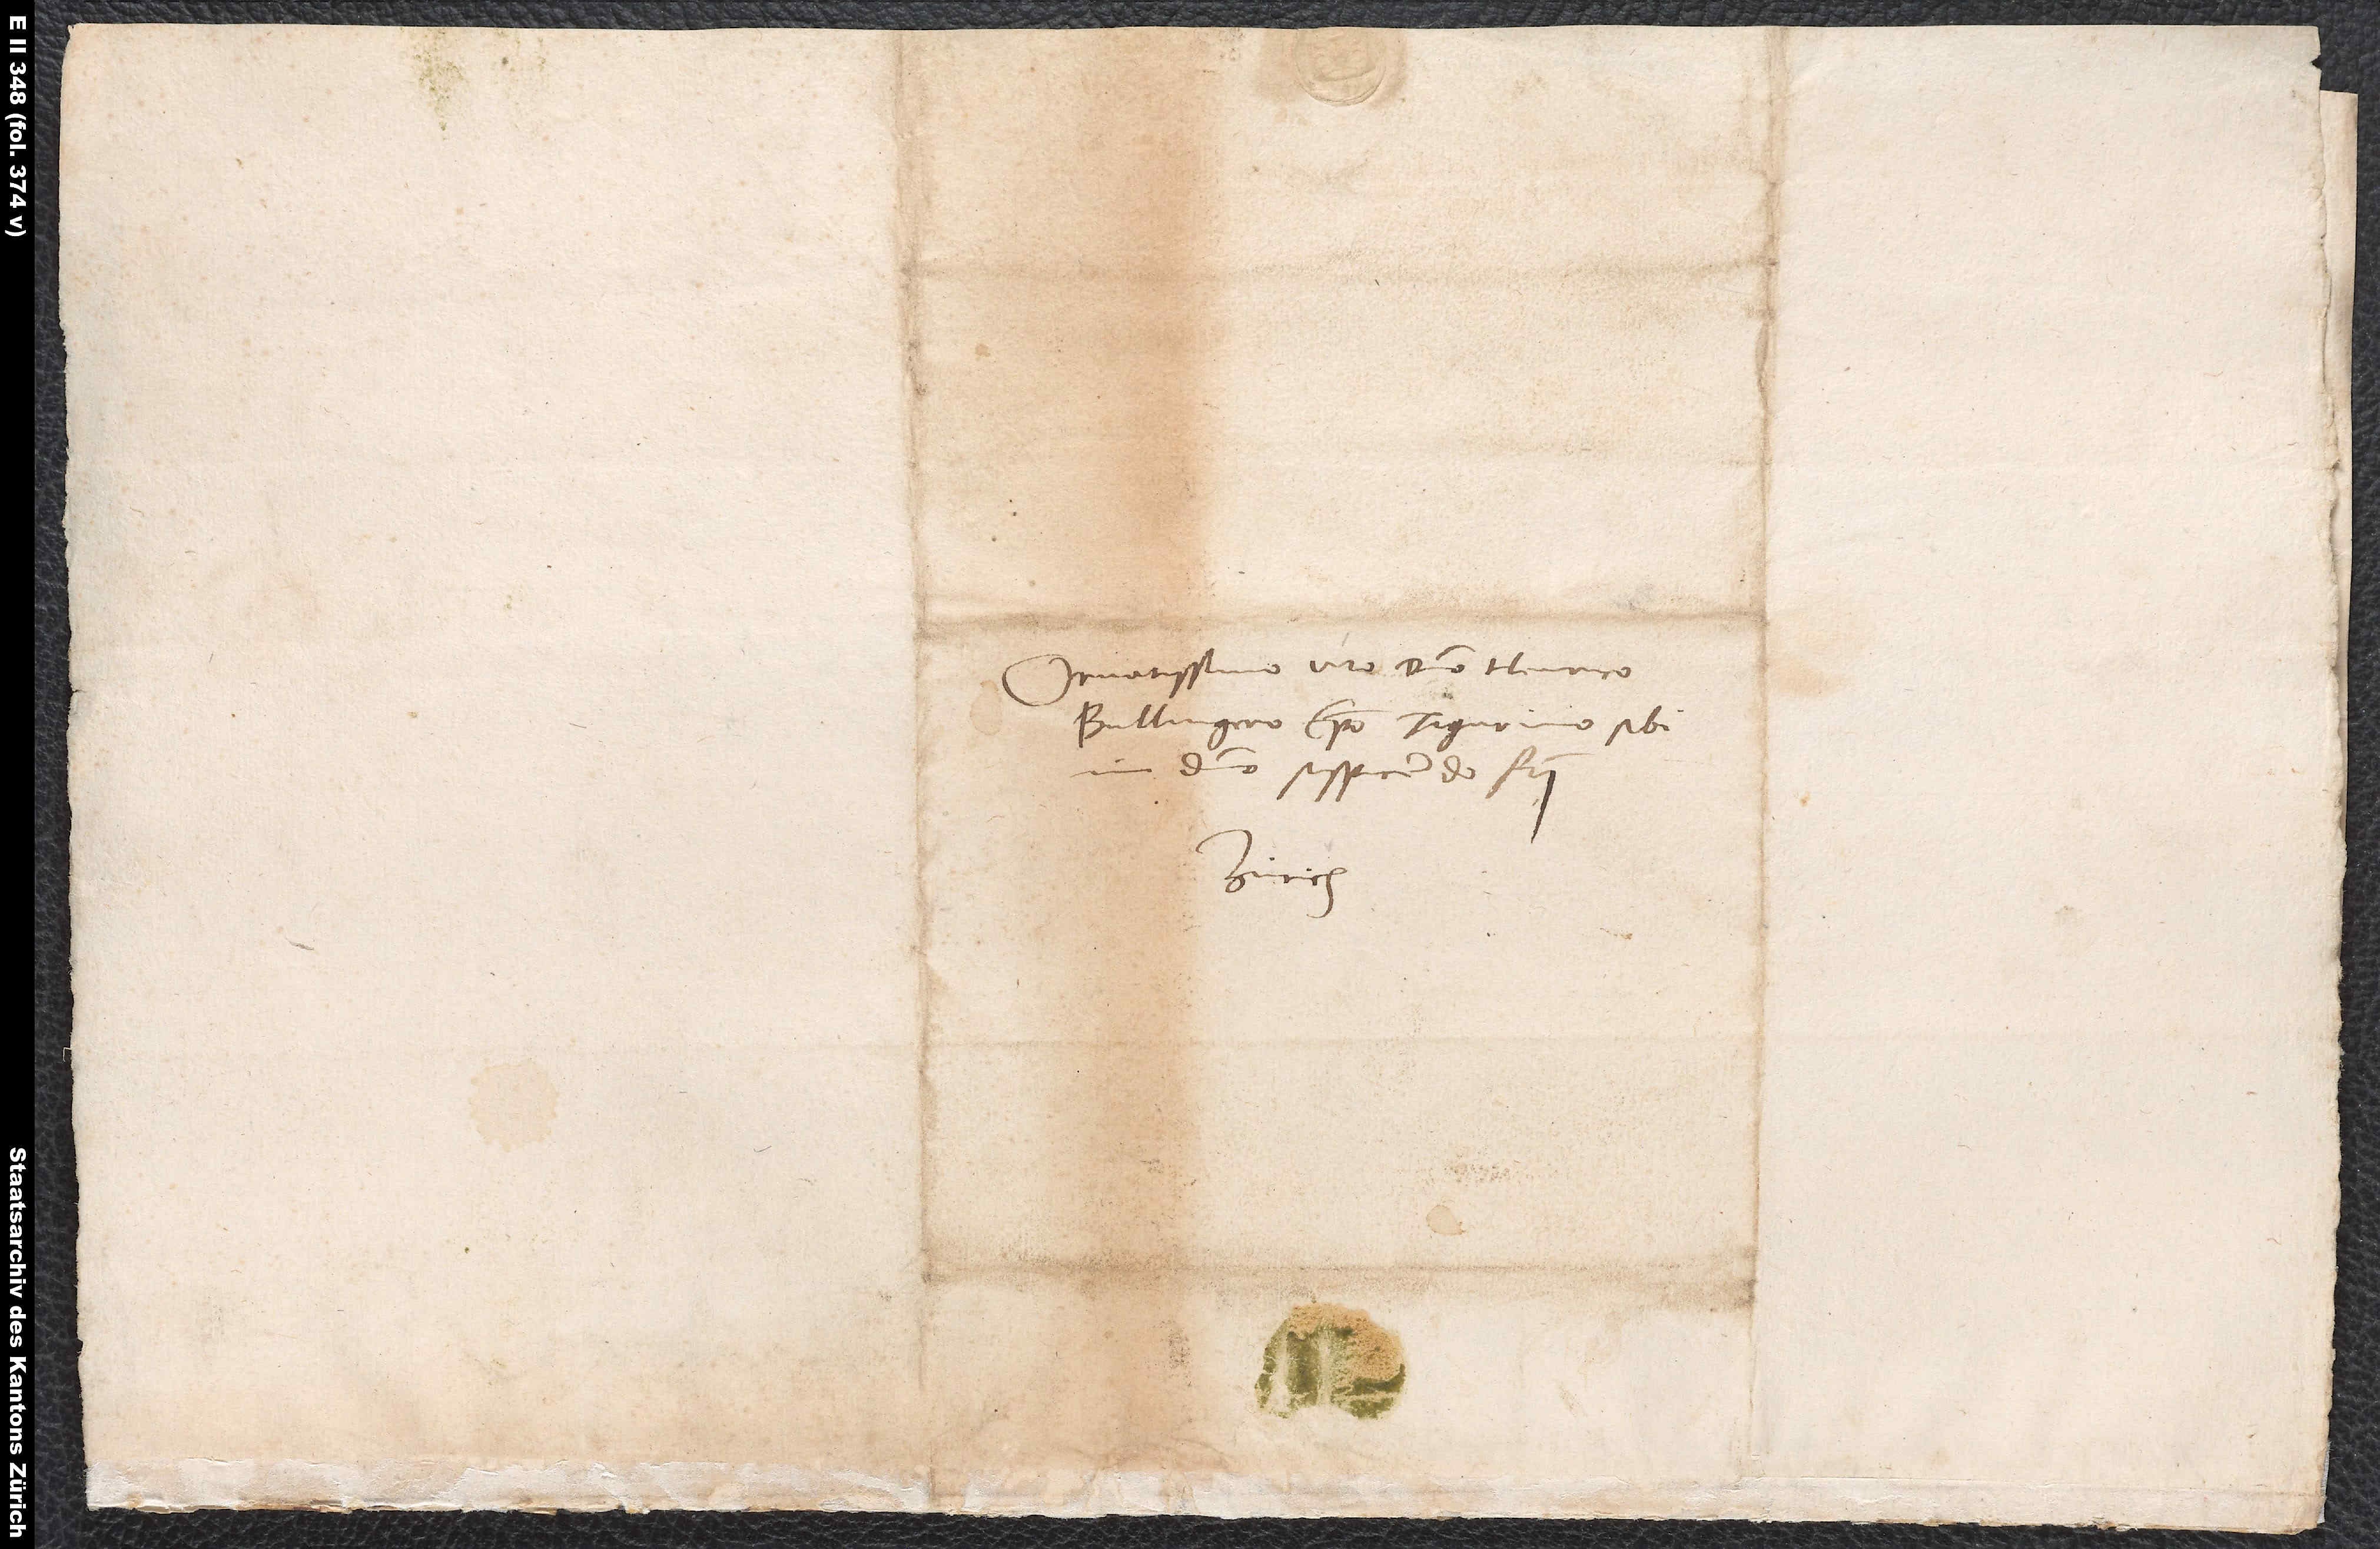
S.

Ornatissimo viro domino Henrico
Bullingero, episcopo Tigurino, sibi
domino suspiciendo fratri.
Zurich.